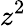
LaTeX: z^{2}